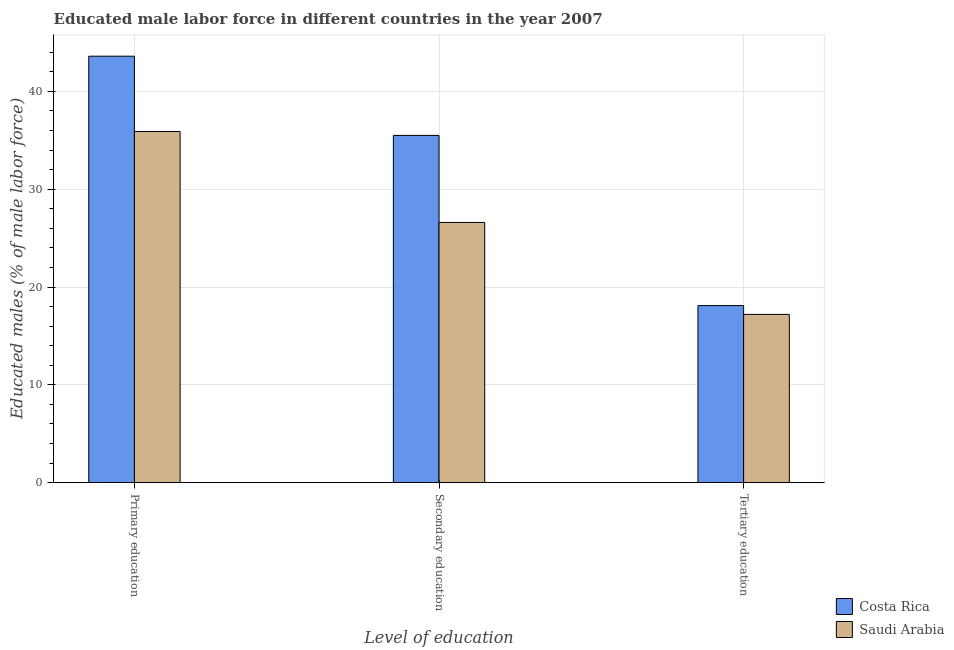
| Level of education | Costa Rica | Saudi Arabia |
 | --- | --- | --- |
 | Primary education | 43.6 | 35.9 |
 | Secondary education | 35.5 | 26.6 |
 | Tertiary education | 18.1 | 17.2 |